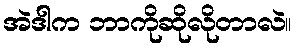
အဲဒါက ဘာကိုဆိုလိုတာလဲ။